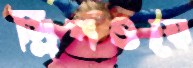
স্লিপওয়ে